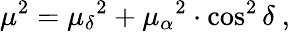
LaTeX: \mu^{2}={\mu_{\delta}}^{2}+{\mu_{\alpha}}^{2}\cdot\cos^{2}\delta\ ,